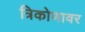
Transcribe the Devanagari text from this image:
त्रिकोणावर